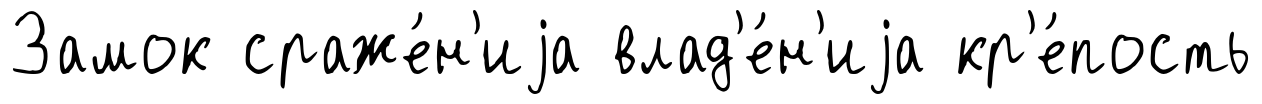
Замок сраже́н'иjа влад'е́н'иjа кр'е́пость